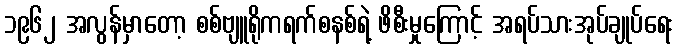
၁၉၆၂ အလွန်မှာတော့ စစ်ဗျူရိုကရက်စနစ်ရဲ့ ဖိစီးမှုကြောင့် အရပ်သားအုပ်ချုပ်ရေး